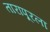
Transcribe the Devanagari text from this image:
तारापूरला